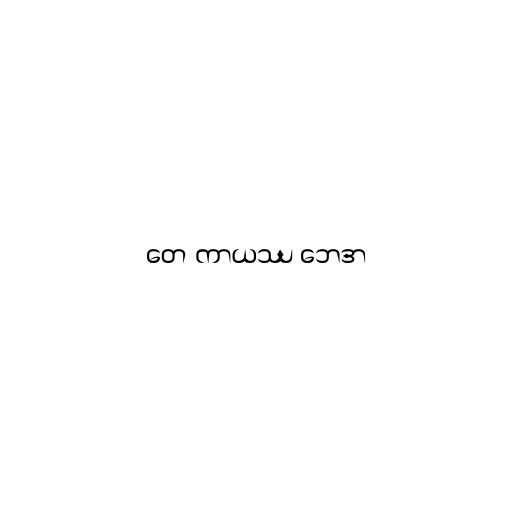
တေ ကာယဿ ဘေဒာ